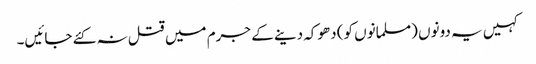
کہیں یہ دونوں (مسلمانوں کو) دھوکہ دینے کے جرم میں قتل نہ کئے جائیں۔